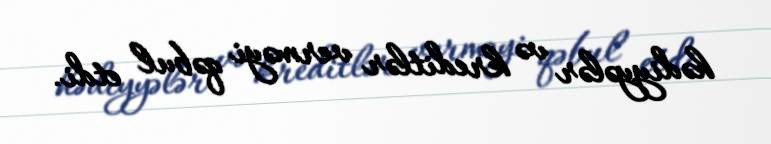
hədiyyələr və kreditlər verməyi qəbul etdi.